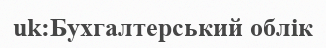
uk:Бухгалтерський облік